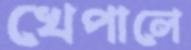
খেপালে